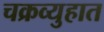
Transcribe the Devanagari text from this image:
चक्रव्युहात